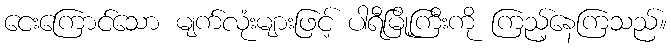
ငေးကြောင်သော မျက်လုံးများဖြင့် ပါရီမြို့ကြီးကို ကြည့်နေကြသည်။